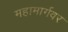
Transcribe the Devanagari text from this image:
महामार्गवर